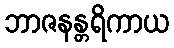
ဘာဇနန္တရိကာယ